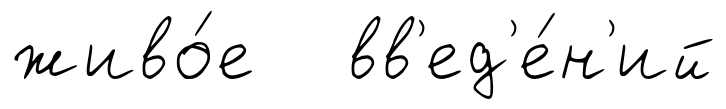
живо́е вв'ед'е́н'ий